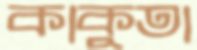
কাকুতা